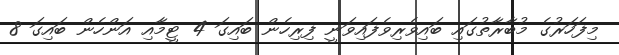
މިފަހަރުގެ މުބާރާތުގައި ބައިވެރިވެފައިވަނީ ފިރިހެން ބައިގަ 4 ޓީމާއި އަންހެން ބައިގަ 8